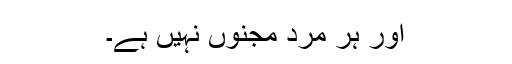
اور ہر مرد مجنوں نہیں ہے۔